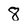
Character: 8